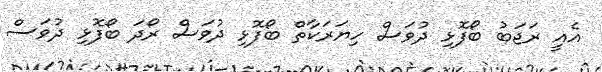
އެއީ ރަޖަބު ބޯފޮޅި ދުވަސް ހިޔަރަކާތް ބޯފޮޅި ދުވަސް ރޯދަ ބޯފޮޅި ދުވަސް